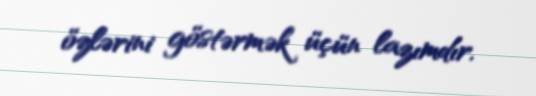
özlərini göstərmək üçün lazımdır.